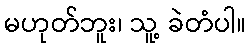
မဟုတ်ဘူး၊ သူ့ ခဲတံပါ။